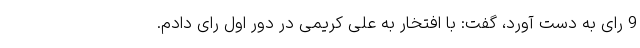
9 رای به دست آورد، گفت: با افتخار به علی کریمی در دور اول رای دادم.